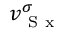
v _ { \mathrm { ~ S ~ x ~ } } ^ { \sigma }